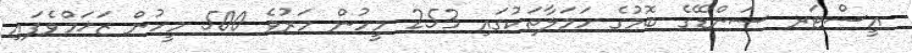
އީސްޓަރ ސަންޑޭގެ ބޮމުގެ ހަމަލާތަކުގައި 253 މީހުން މަރުވެ 500 މީހުން ޒަޚަމްވެފައި